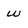
Character: W